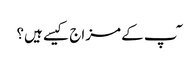
ٓپ کے مزاج کیسے ہیں؟